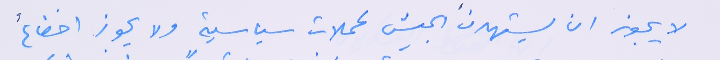
لا يجوز ان يستهدفَ الجيش لحملات سياسية ولا يجوز اخضاعُ